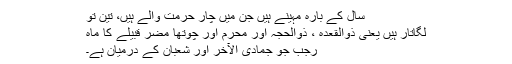
سال کے بارہ مہینے ہیں جن میں چار حرمت والے ہیں، تین تو
لگاتار ہیں یعنی ذوالقعدہ ، ذوالحجہ اور محرم اور چوتھا مضر قبیلے کا ماہِ
رجب جو جمادی الآخر اور شعبان کے درمیان ہے۔